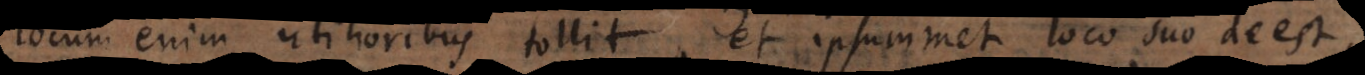
locum enim utilioribus tollit, et ipsummet loco suo deest,